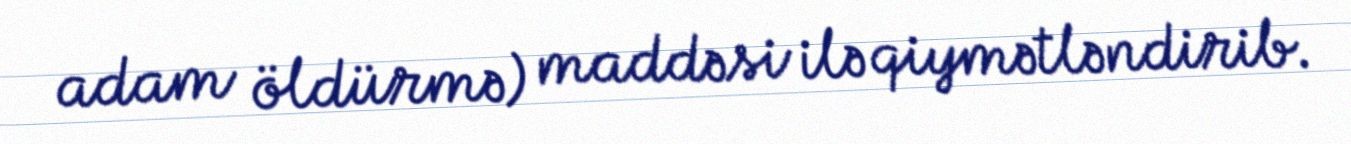
adam öldürmə) maddəsi ilə qiymətləndirib.